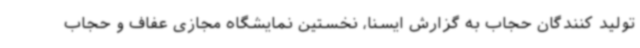
تولید کنندگان حجاب به گزارش ایسنا، نخستین نمایشگاه مجازی عفاف و حجاب